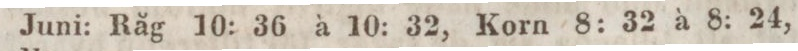
Juni: Råg 10: 36 à 10: 32, Korn 8: 32 à 8: 24,